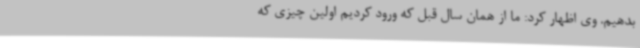
بدهیم. وی اظهار کرد: ما از همان سال قبل که ورود کردیم اولین چیزی که